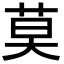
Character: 莫